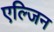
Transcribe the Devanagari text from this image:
एल्जिन